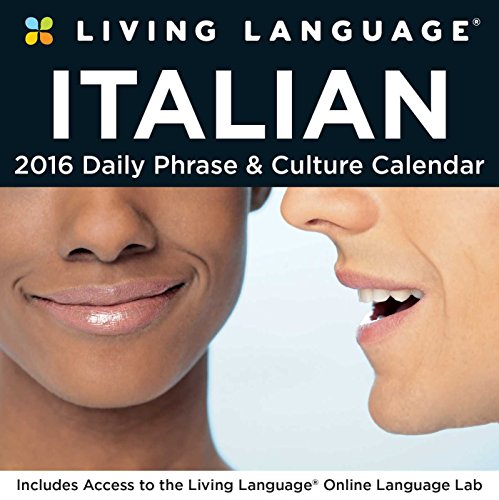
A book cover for Living Language: Italian 2016 Day-to-Day Calendar; Random House Direct; Calendars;